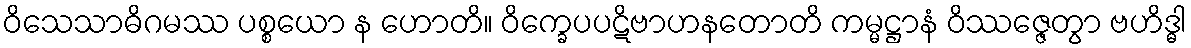
ဝိသေသာဓိဂမဿ ပစ္စယော န ဟောတိ။ ဝိက္ခေပပဋိဗာဟနတောတိ ကမ္မဋ္ဌာနံ ဝိဿဇ္ဇေတွာ ဗဟိဒ္ဓါ